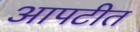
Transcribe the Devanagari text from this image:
आपटीत